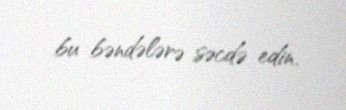
bu bəndələrə səcdə edin.